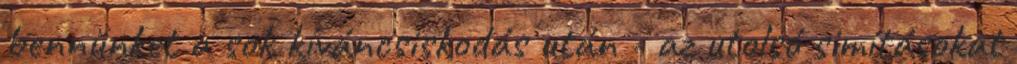
bennünket a sok kíváncsiskodás után - az utolsó simításokat